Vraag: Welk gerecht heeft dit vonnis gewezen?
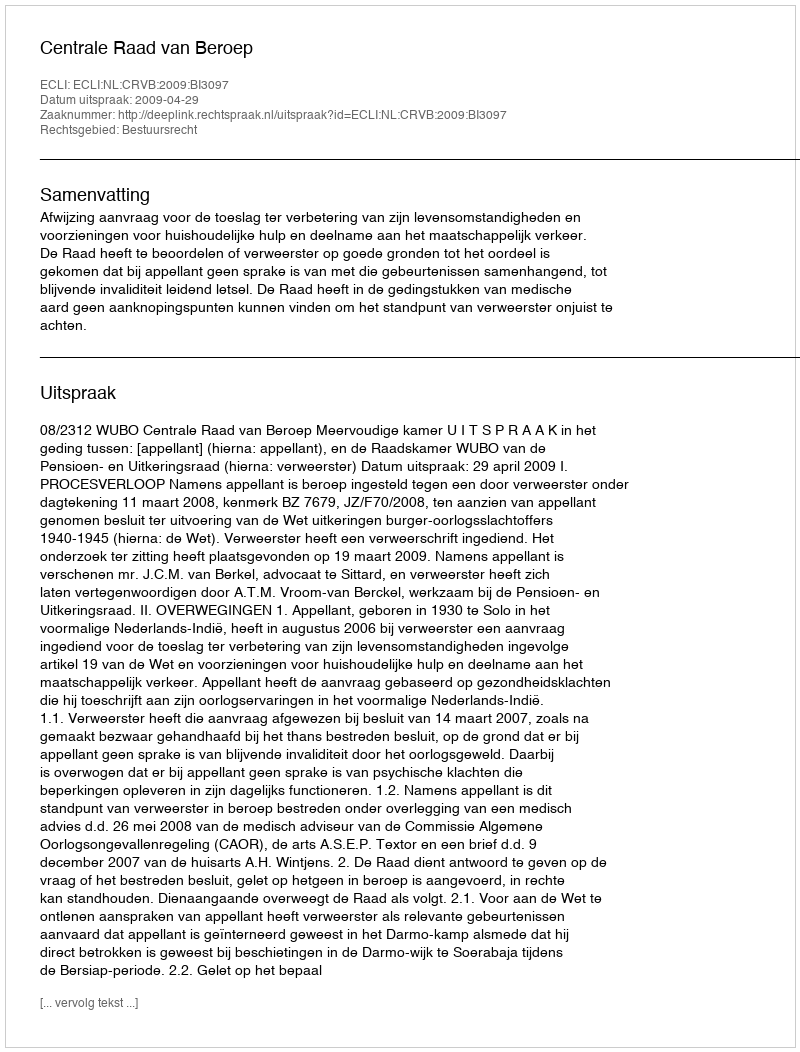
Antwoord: Centrale Raad van Beroep